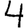
Digit: 4